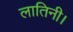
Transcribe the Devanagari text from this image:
लातिनी।